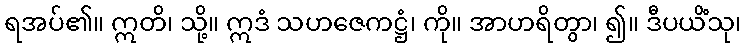
ရအပ်၏။ ဣတိ၊ သို့။ ဣဒံ သဟဇေကဋ္ဌံ၊ ကို။ အာဟရိတွာ၊ ၍။ ဒီပယိံသု၊